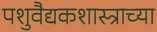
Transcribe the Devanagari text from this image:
पशुवैद्यकशास्त्राच्या